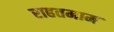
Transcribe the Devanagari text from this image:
राहतमाम